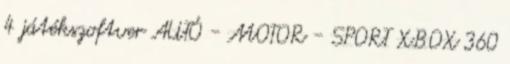
4 játékszoftver AUTÓ - MOTOR - SPORT XBOX 360